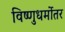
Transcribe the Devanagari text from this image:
विष्णुधर्मोतर